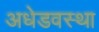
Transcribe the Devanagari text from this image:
अधेडवस्था